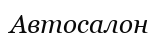
Автосалон